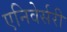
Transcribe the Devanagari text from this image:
एनिवेर्सरी